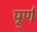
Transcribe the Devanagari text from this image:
पू्र्ण